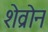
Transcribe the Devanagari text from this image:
शेव्रोन